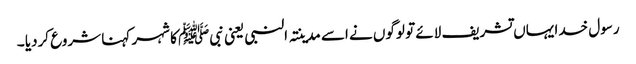
رسول خدا یہاں تشریف لائے تو لوگوں نے اسے مدینتہ النبی یعنی نبیﷺ کا شہر کہنا شروع کردیا ۔